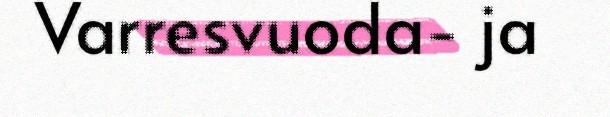
Varresvuoda- ja